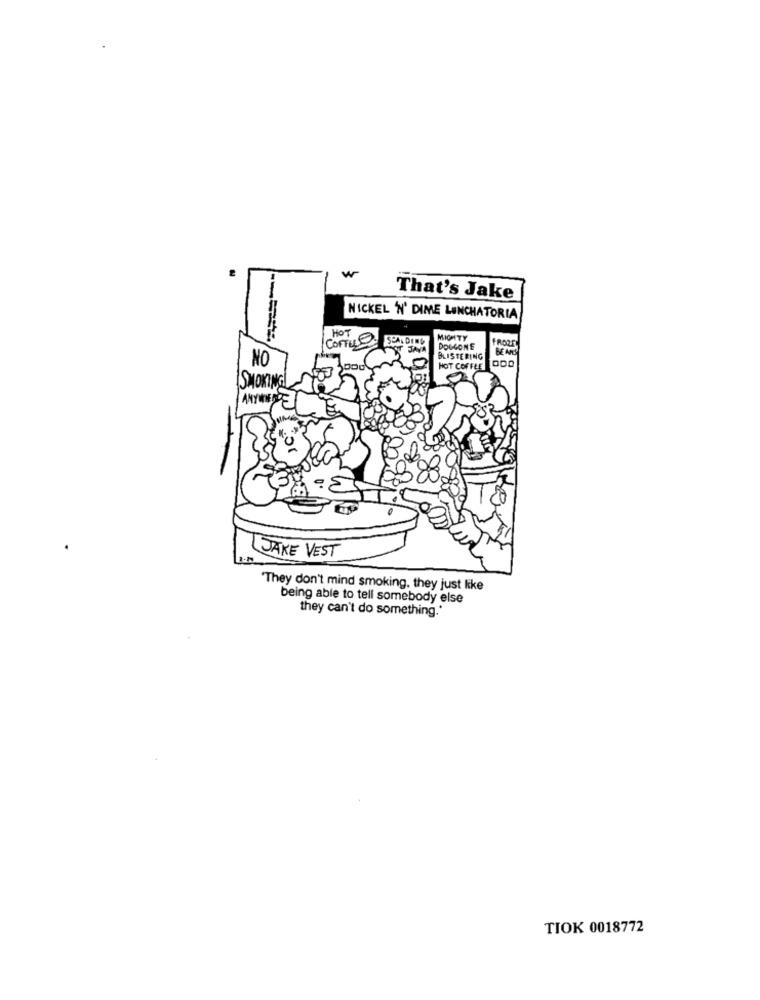
w
That's Jake
NICKEL 'N' DIME LUNCHATORIA
HOT
ConTus
MICITY
FROZE
SA
DOUGONE
BE AMS
NO
BLISTERING
000
HOT COFFEE
ISMOKING
ANYWHERE
10
80
JAKE VEST
"They don't mind smoking. they just like
being able to tell somebody else
they can't do something."
TIOK 0018772